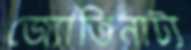
জ্যোতিনাট্য